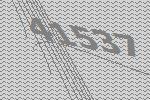
41537